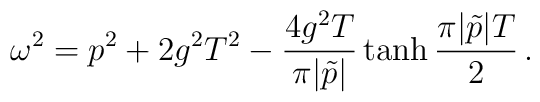
\omega^2 = p^2 + 2g^2 T^2 - {4 g^2 T\over \pi |\tilde{p}|} \tanh{\pi |\tilde{p}| T\over 2} \, .